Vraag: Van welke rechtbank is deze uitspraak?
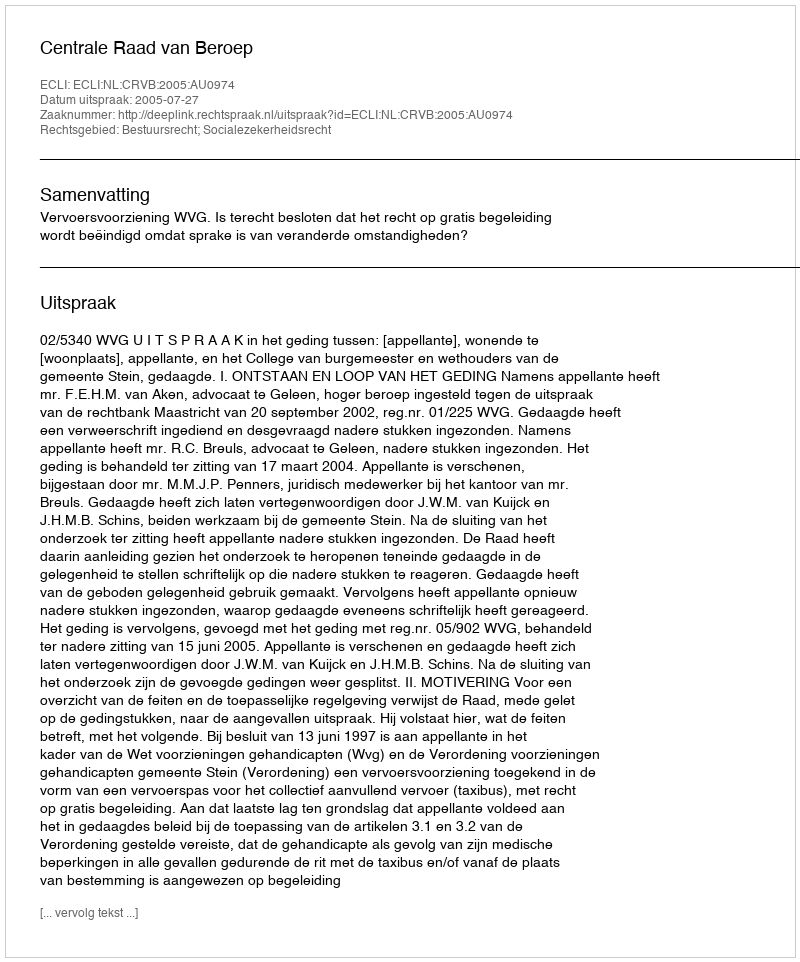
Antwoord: Centrale Raad van Beroep